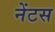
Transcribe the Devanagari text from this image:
नेंटस